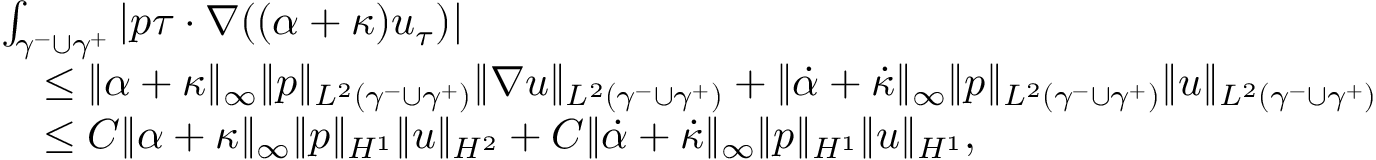
\begin{array} { r l } & { \int _ { \gamma ^ { - } \cup \gamma ^ { + } } \left| p \tau \cdot \nabla ( ( \alpha + \kappa ) u _ { \tau } ) \right| } \\ & { \quad \leq \| \alpha + \kappa \| _ { \infty } \| p \| _ { L ^ { 2 } ( \gamma ^ { - } \cup \gamma ^ { + } ) } \| \nabla u \| _ { L ^ { 2 } ( \gamma ^ { - } \cup \gamma ^ { + } ) } + \| \dot { \alpha } + \dot { \kappa } \| _ { \infty } \| p \| _ { L ^ { 2 } ( \gamma ^ { - } \cup \gamma ^ { + } ) } \| u \| _ { L ^ { 2 } ( \gamma ^ { - } \cup \gamma ^ { + } ) } } \\ & { \quad \leq C \| \alpha + \kappa \| _ { \infty } \| p \| _ { H ^ { 1 } } \| u \| _ { H ^ { 2 } } + C \| \dot { \alpha } + \dot { \kappa } \| _ { \infty } \| p \| _ { H ^ { 1 } } \| u \| _ { H ^ { 1 } } , } \end{array}